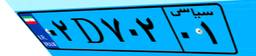
۹۴D۸۰۳۹۵